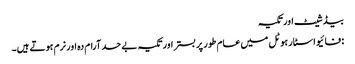
بیڈ شیٹ اور تکیہ
: فائیو اسٹار ہوٹل میں عام طور پر بستر اور تکیہ بے حد آرام دہ اور نرم ہوتے ہیں۔